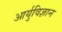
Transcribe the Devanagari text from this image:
आर्युविज्ञान